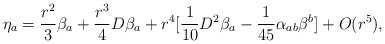
\begin{align*} \eta_a = \frac{r^2}{3} \beta_a +\frac{r^3}{4} D\beta_a +r^4 [\frac{1}{10} D^2 \beta_a -\frac{1}{45} \alpha_{ab} \beta^b ] +O(r^5), \end{align*}